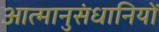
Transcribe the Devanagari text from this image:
आत्मानुसंधानियों